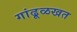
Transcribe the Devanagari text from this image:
गांढूळखत